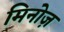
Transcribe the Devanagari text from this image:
मिनोज़